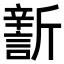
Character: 𣃎